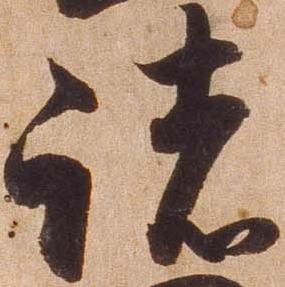
諸